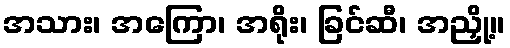
အသား၊ အကြော၊ အရိုး၊ ခြင်ဆီ၊ အညှို့။